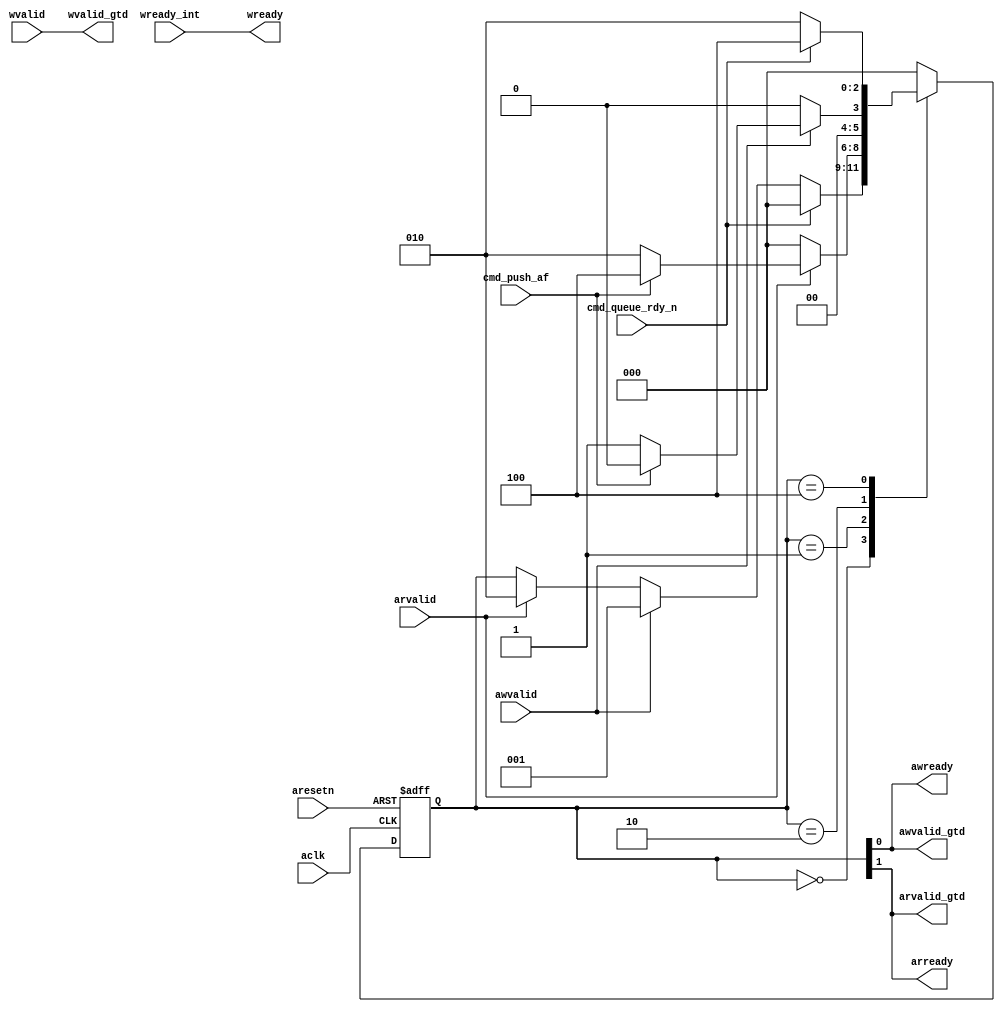
module DW_axi_x2h_arb (/*AUTOARG*/
  // Outputs
  wvalid_gtd, wready, awvalid_gtd, arvalid_gtd, awready, arready, 
  // Inputs
  aclk, aresetn, wvalid, 
  awvalid,
  arvalid, 
  wready_int, cmd_queue_rdy_n, cmd_push_af
  );
  input aclk;
  input aresetn;
  input wvalid;
  input awvalid;         // AXI write address valid
  input arvalid;         // AXI read address valid

  
  input wready_int;      // write data wready from the slave controller
  input cmd_queue_rdy_n; // cmd queue is ready for a push 
  input cmd_push_af;     // only one location in cmd queue is left
  
  output wvalid_gtd;     // will pass this on when arbritated
  output wready;         // ready to axi on a write
  output awvalid_gtd;    // to slave control for pushing fifo on when arbritated
  output arvalid_gtd;    // to slave control will pass this on when arbritated
  output awready;        // ready to axi on a write address
  output arready;        // ready to axi on a read address
                                                 
  reg [2:0]                               arb_state;
  reg [2:0]                               arb_next_state;
  reg awvalid_int; //arvalid_int;
  reg rdy_push, rdy_push_af;
  // using one hot here
parameter [2:0] IDLE        = 3'b000;
parameter [2:0] WREADY      = 3'b001;
parameter [2:0] RREADY      = 3'b010;
parameter [2:0] RREADY_PEND = 3'b100;

  // combinatoral
  always @(*)
    begin:RDY_PUSH_PROC
      awvalid_int = awvalid;
//      arvalid_int = arvalid;
      
  // Give the cmd queue status
  // push_rdy indicates that the CMD Queue has space available and
  // the low power is not about to go active
  // rdy_push_af is used when transitioning from a ready imeadiatly 
  // to the other ready
  // have to check to see if the fifo will have space after current ready
  // and have to check if the low-power ack is not going to be asserted
      rdy_push = ~cmd_queue_rdy_n;
      rdy_push_af = cmd_push_af;
    end // always @ (...

  assign awready = arb_state[0];
  assign arready = arb_state[1];

  // the gtd are the a_valids sent on to the bridge
  assign awvalid_gtd =awready;
  assign arvalid_gtd =arready; 

  // state machine for arbritating the write read conflict
  // machine will be activated only when a confilict arises
  // a write will go first then read
  // when the conflict doesn't exist the sm will go back to idle 
  // This will assure that if write(s) and reads(s) occur at the same cycle
  // the following will occur
  // 1) following inactivity, write then read
  // 2) continuing with read alternating with write
  // 3) No activity will return to write fist
  
  always @(arb_state or arvalid or awvalid or awvalid_int
           or rdy_push or rdy_push_af)
    begin:ARB_STATES_PROC
      arb_next_state = arb_state;   
        case(arb_state)
          IDLE: // Idle wvalid always first
             begin
              arb_next_state = IDLE;
              if (rdy_push == 1'b1)
                begin
                  if (awvalid == 1'b1)
                    arb_next_state = WREADY;
                  else
                    if (arvalid == 1'b1) 
                      arb_next_state = RREADY;
                    else
                      arb_next_state = arb_state;
                end
              end
           WREADY: // Issue WREADY if rvalid go on to issue rready
                    // since the cmd queue is being pushed check if almost full 
                    // then its about to fill then defer
              begin
                if (arvalid == 1'b1)
                  begin
                    if (rdy_push_af == 1'b0)
                      arb_next_state = RREADY;
                    else 
                      arb_next_state = RREADY_PEND;
                  end
                else arb_next_state = IDLE; //awready just issued so have to wait 
                                             // one clock before checking on write
              end // case: WREADY
         RREADY: // issue RREADY wvalid goes next first
                  // when here a push is going on, look at the almost full as the FIFO being filled
            begin
              if (awvalid_int == 1'b1)
                begin
                  if (rdy_push_af == 1'b0)  arb_next_state = WREADY;
                  else arb_next_state = IDLE;
                end
              else arb_next_state = IDLE; // have to wait for current rwready to go away
            end // case: RREADY
         RREADY_PEND:
            begin
              if (rdy_push == 1'b1)  arb_next_state = RREADY;
              else arb_next_state = RREADY_PEND;
            end  
          default: arb_next_state = IDLE;
        endcase // case(arb_state)
    end // block: ARB_STATES
       
 // Gate off any write data transfers when powered down
  assign wvalid_gtd =  wvalid;// && csysack;
  assign wready = wready_int;// && csysack;
//  assign wvalid_gtd =  wvalid && csysack;
//  assign wready = wready_int && csysack;
  
  //
  // FF's
  //        
  // leda NTL_CLK05 off
  // LMD: All synchronous inputs to a clock system must be clocked twice. 
  // LJ: NTL_CLK05: Data must be registered by 2 or more flipflops when crossing
  // clock domain path from rlast in read data fifo to here when legacy low power
  // interface exists. Path is only active when fifo is non empty.
  always @(posedge aclk or negedge aresetn)
    if (aresetn == 1'b0)
      begin
        arb_state <= IDLE;
       end
    else
      begin
        arb_state <= arb_next_state;
      end
  // leda NTL_CLK05 on
  
endmodule